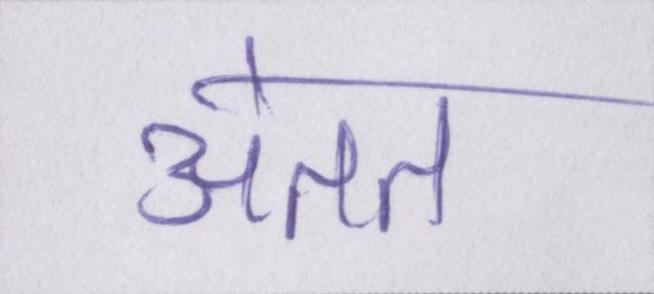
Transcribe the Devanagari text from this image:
अंतत